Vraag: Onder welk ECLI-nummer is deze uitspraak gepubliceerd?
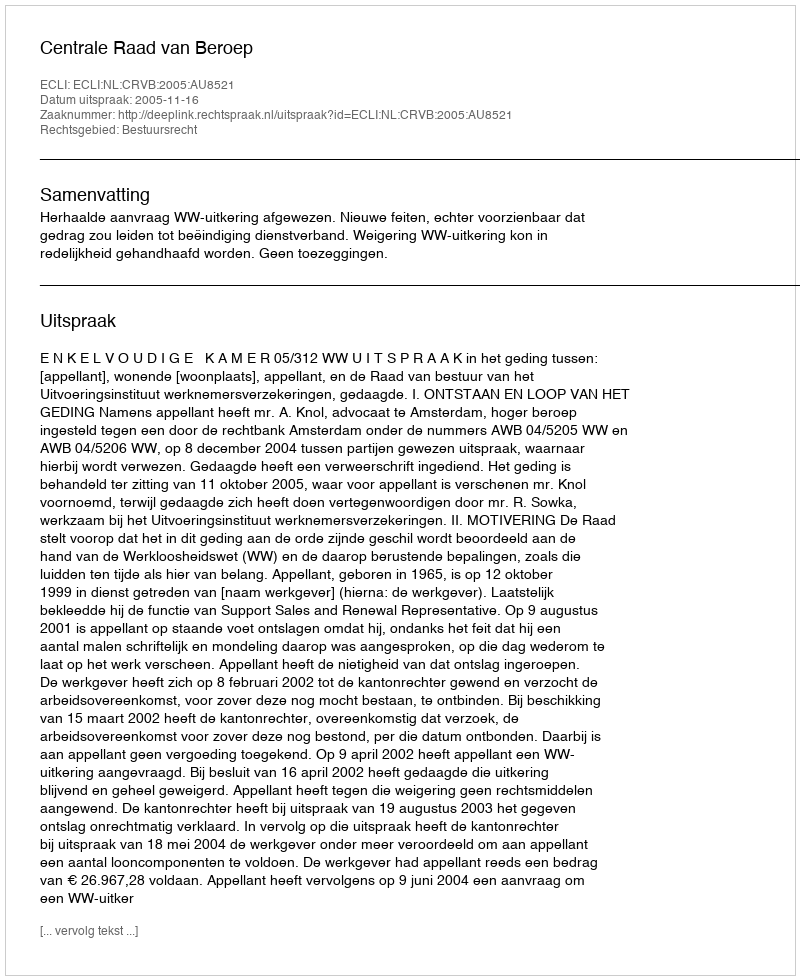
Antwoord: ECLI:NL:CRVB:2005:AU8521